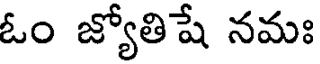
ఓం జ్యోతిషే నమః